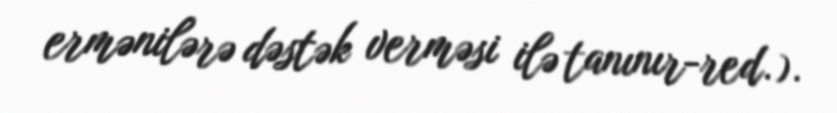
ermənilərə dəstək verməsi ilə tanınır-red.).